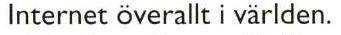
Internet överallt i världen.